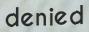
denied